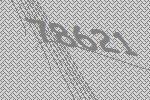
78621